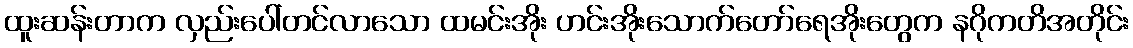
ထူးဆန်းတာက လှည်းပေါ်တင်လာသော ထမင်းအိုး ဟင်းအိုးသောက်တော်ရေအိုးတွေက နဂိုကတိအတိုင်း